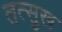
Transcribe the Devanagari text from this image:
तत्सुख